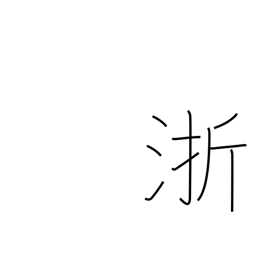
Meaning: name of a Chinese river